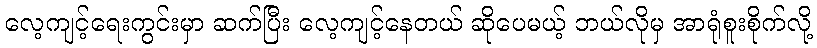
လေ့ကျင့်ရေးကွင်းမှာ ဆက်ပြီး လေ့ကျင့်နေတယ် ဆိုပေမယ့် ဘယ်လိုမှ အာရုံစူးစိုက်လို့